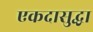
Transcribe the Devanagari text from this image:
एकदासुद्धा